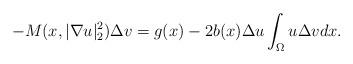
LaTeX: \begin{align*}-M(x,|\nabla u|_{2}^{2})\Delta v=g(x)-2b(x)\Delta u\int_{\Omega}u\Delta vdx.\end{align*}